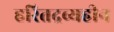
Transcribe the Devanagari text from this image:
हरितद्रव्यहीन